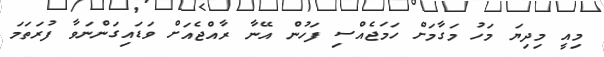
މިއީ މިދިޔަ މަހު މަގާމަށް ހަމަޖެއްސި ފަހުން އޭނާ ރާއްޖެއަށް ވަޑައިގަންނަވާ ފުރަތަމަ